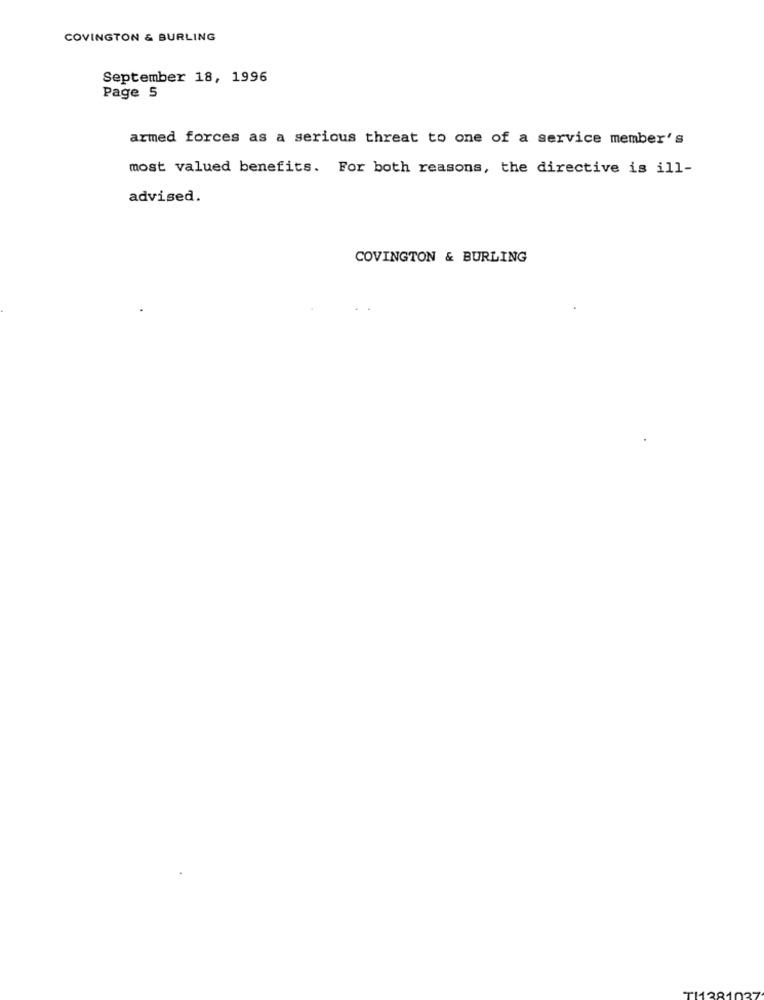
COVINGTON & BURLING
September 18, 1996
Page 5
armed forces as a serious threat to one of a service member's
most valued benefits. For both reasons, the directive is ill-
advised.
COVINGTON & BURLING